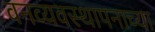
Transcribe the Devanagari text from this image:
वनव्यवस्थापनाच्या